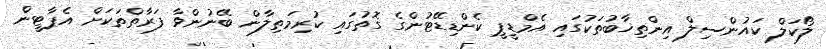
ލޯކަލް ކައުންސިލް އިންތިޚާބުތަކުގައި އެމްޑީޕީ ކެންޑިޑޭޓުންގެ ގޮތުގައި ކުރިމަތިލާން ބޭނުންވާ ފަރާތްތަކަށް އެޕާޓީން